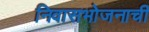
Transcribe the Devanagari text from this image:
निवासभोजनाची